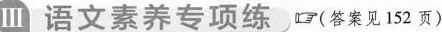
Ⅲ 语文素养专项练 (答案见152页)